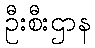
ဦးစီးဌာန